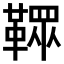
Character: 𩌔